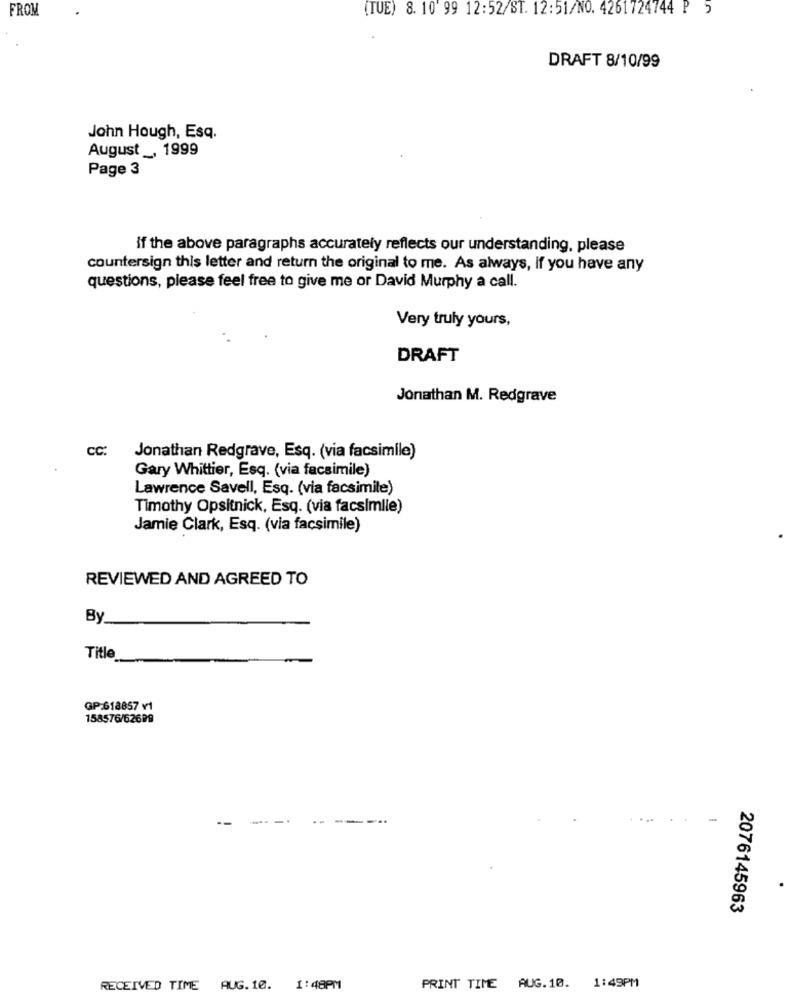
FROM
(TUE) 8. 10' 99 12:52/ST. 12:51/NO. 4261724744 P 5
DRAFT 8/10/99
John Hough, Esq.
August _, 1999
Page 3
if the above paragraphs accurately reflects our understanding, please
countersign this letter and return the original to me. As always, If you have any
questions, please feel free to give me or David Murphy a call.
Very truly yours,
DRAFT
Jonathan M. Redgrave
CC:
Jonathan Redgrave, Esq. (via facsimile)
Gary Whittier, Esq. (via facsimile)
Lawrence Savell, Esq. (via facsimile)
Timothy Opsitnick, Esq. (via facsimile)
Jamie Clark, Esq. (via facsimile)
REVIEWED AND AGREED TO
By
Title
GP:618857 v1
158576/62699
---
2076145963
RECEIVED TIME AUG. 10. 1:48PM
PRINT TIME AUG.10. 1:49PM